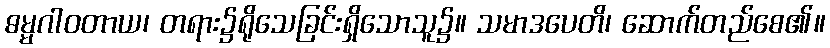
ဓမ္မဂါဝတာယ၊ တရား၌ရိုသေခြင်းရှိသောသူ၌။ သမာဒပေတိ၊ ဆောက်တည်စေ၏။